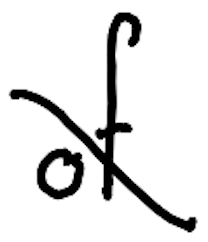
Text: of
Cross-out: diagonal
Writing tool: digital_black